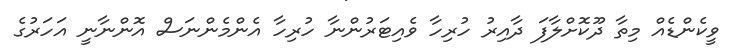
ވީކެންޑެއް މިތާ ދޫކޮށްލާފަ ދާއިރު ހުރިހާ ވެއިޓަރުންނާ ހުރިހާ އެންމެންނަސް އޮންނާނީ އަހަރުގެ